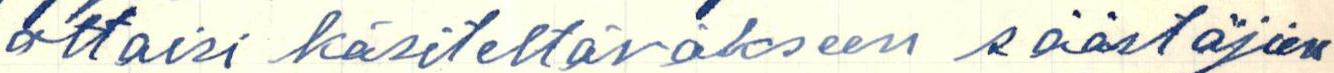
ottaisi käsiteltäväkseen säästäjien